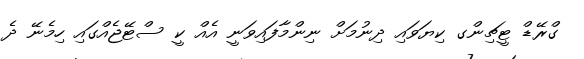
ގްރޭޑް ޓީޗިންގ ކިޔަވައި ދިނުމަށް ނިންމާފައިވަނީ އެއް ކީ ސްޓޭޖެއްގައި ހިމެނޭ ދެ